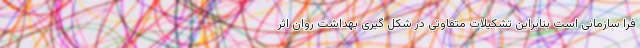
فرا سازمانی است بنابراین تشکیلات متفاوتی در شکل گیری بهداشت روان اثر